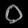
Digit: ၀